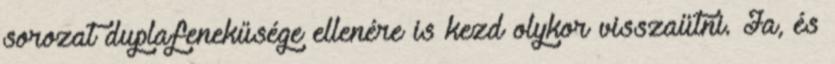
sorozat duplafenekűsége ellenére is kezd olykor visszaütni. Ja, és